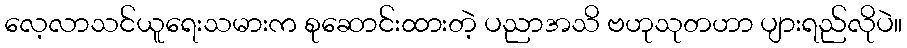
လေ့လာသင်ယူရေးသမားက စုဆောင်းထားတဲ့ ပညာအသိ ဗဟုသုတဟာ ပျားရည်လိုပဲ။